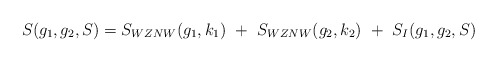
\begin{align*}S(g_1,g_2,S)=S_{WZNW}(g_1,k_1)~+~S_{WZNW}(g_2,k_2)~+~S_I(g_1,g_2,S)\end{align*}